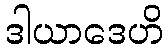
ဒါယာဒေဟိ